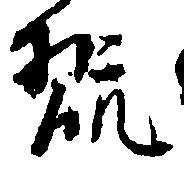
翫